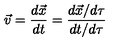
\vec { v } = \frac { d \vec { x } } { d t } = \frac { d \vec { x } / d \tau } { d t / d \tau }